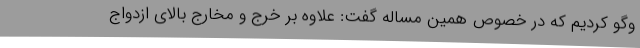
وگو کردیم که در خصوص همین مساله گفت: علاوه بر خرج و مخارج بالای ازدواج